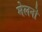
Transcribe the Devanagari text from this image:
मेलनो